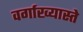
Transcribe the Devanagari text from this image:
वर्गाख्यास्ते